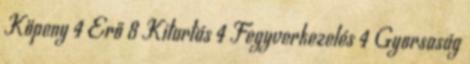
Köpeny 4 Erő 8 Kitartás 4 Fegyverkezelés 4 Gyorsaság